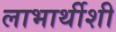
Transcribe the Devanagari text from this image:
लाभार्थीशी